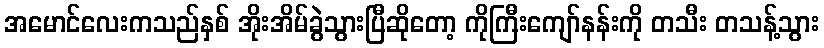
အမောင်လေးကသည်နှစ် အိုးအိမ်ခွဲသွားပြီဆိုတော့ ကိုကြီးကျော်နန်းကို တသီး တသန့်သွား